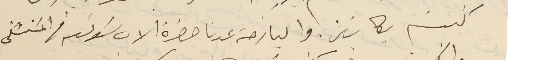
كنيسَة بكاسَين. والبارحة عدنا حضرة الاب سَولتر فى المسَتشفى